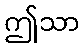
ဤသာ